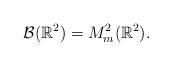
LaTeX: \begin{align*}\mathcal{B} (\mathbb{R}^2)=M_m^2 (\mathbb{R}^2).\end{align*}